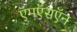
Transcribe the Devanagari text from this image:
ऍमऍसऍन